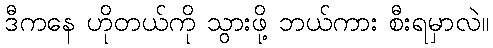
ဒီကနေ ဟိုတယ်ကို သွားဖို့ ဘယ်ကား စီးရမှာလဲ။